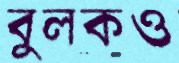
বুলকও